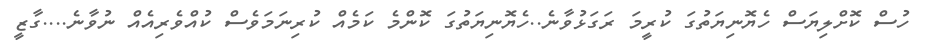
ހުސް ކޮށްލިޔަސް ހެޔޮނިޔަތުގަ ކުރީމަ ރަގަޅުވާނެ..ހެޔޮނިޔަތުގަ ކޮންމެ ކަމެއް ކުރިނަމަވެސް ކުއްވެރިއެއް ނުވާނެ....ގާޒީ